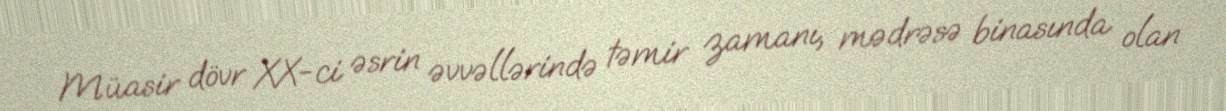
Müasir dövr XX-ci əsrin əvvəllərində təmir zamanı, mədrəsə binasında olan